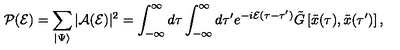
{ \cal P } ( { \cal E } ) = \sum _ { \vert \Psi \rangle } \vert { \cal A } ( { \cal E } ) \vert ^ { 2 } = \int _ { - \infty } ^ { \infty } d \tau \int _ { - \infty } ^ { \infty } d \tau ^ { \prime } e ^ { - i { \cal E } ( \tau - \tau ^ { \prime } ) } { \tilde { G } } \left[ { \tilde { x } } ( \tau ) , { \tilde { x } } ( \tau ^ { \prime } ) \right] ,